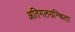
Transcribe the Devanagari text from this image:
अतिगलग्रन्थिता